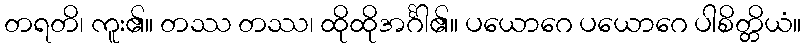
တရတိ၊ ကူး၏။ တဿ တဿ၊ ထိုထိုအင်္ဂါ၏။ ပယောဂေ ပယောဂေ ပါစိတ္တိယံ။